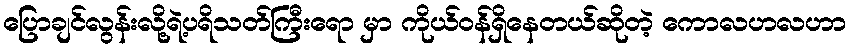
ပြောချင်လွန်းလို့ရဲ့ပရိသတ်ကြီးရော မှာ ကိုယ်ဝန်ရှိနေတယ်ဆိုတဲ့ ကောလဟလဟာ